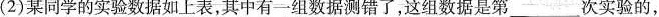
(2)某同学的实验数据如上表，其中有一组数据测错了，这组数据是第___次实验的，